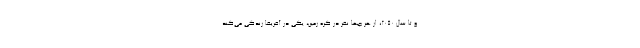
و تا سال 2050، از هر چها نفر در کره زمین، یکی در آفریقا زندگی می‌کند